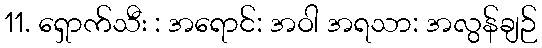
11. ရှောက်သီး : အရောင်: အဝါ အရသာ: အလွန်ချဉ်